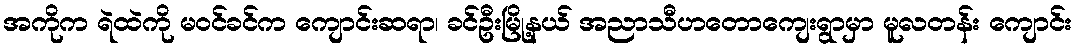
အကိုက ရဲထဲကို မဝင်ခင်က ကျောင်းဆရာ၊ ခင်ဦးမြို့နယ် အညာသီဟတောကျေးရွာမှာ မူလတန်း ကျောင်း